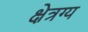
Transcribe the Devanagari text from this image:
क्षेत्रग्य